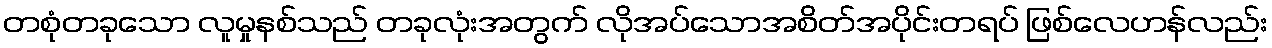
တစုံတခုသော လူမှုနစ်သည် တခုလုံးအတွက် လိုအပ်သောအစိတ်အပိုင်းတရပ် ဖြစ်လေဟန်လည်း